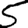
Digit: 5